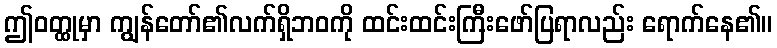
ဤဝတ္ထုမှာ ကျွန်တော်၏လက်ရှိဘဝကို ထင်းထင်းကြီးဖော်ပြရာလည်း ရောက်နေ၏။